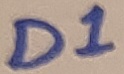
Text: D!